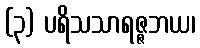
(၃) ပရိသသာရဇ္ဇဘယ၊